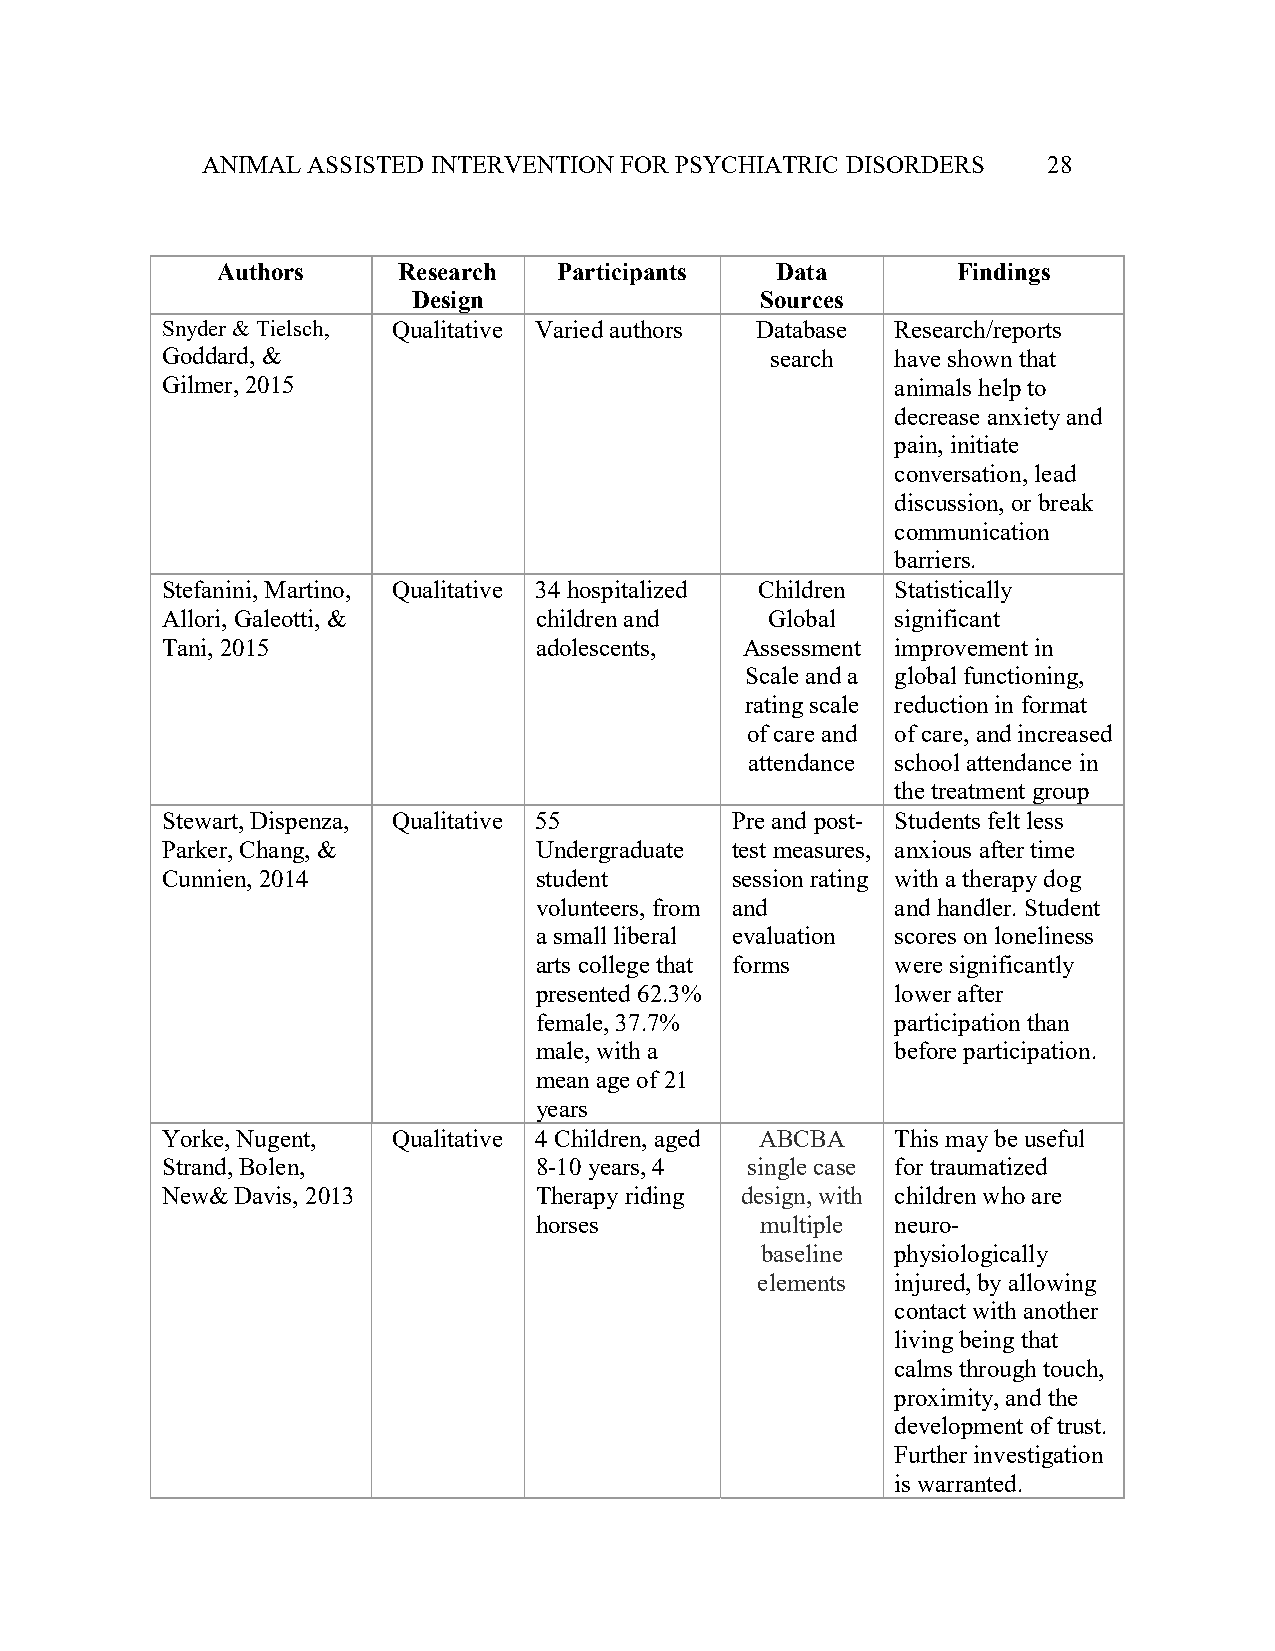
ANIMAL ASSISTED INTERVENTION FOR PSYCHIATRIC DISORDERS  28
 Authors     Research   Participants  Data        Findings
 Design                 Sources
 Snyder & Tielsch, Qualitative Varied authors Database Research/reports
 Goddard, &                              search  have shown that
 Gilmer, 2015                                    animals help to
 decrease anxiety and
 pain, initiate
 conversation, lead
 discussion, or break
 communication
 barriers.
 Stefanini, Martino, Qualitative 34 hospitalized Children Statistically
 Allori, Galeotti, &     children and    Global  significant
 Tani, 2015              adolescents,  Assessment improvement in
 Scale and a global functioning,
 rating scale reduction in format
 of care and of care, and increased
 attendance school attendance in
 the treatment group
 Stewart, Dispenza, Qualitative 55    Pre and post- Students felt less
 Parker, Chang, &        Undergraduate test measures, anxious after time
 Cunnien, 2014           student      session rating with a therapy dog
 volunteers, from and    and handler. Student
 a small liberal evaluation scores on loneliness
 arts college that forms were significantly
 presented 62.3%         lower after
 female, 37.7%           participation than
 male, with a            before participation.
 mean age of 21
 years
 Yorke, Nugent, Qualitative 4 Children, aged ABCBA This may be useful
 Strand, Bolen,          8-10 years, 4 single case for traumatized
 New& Davis, 2013        Therapy riding design, with children who are
 horses         multiple neuro-
 baseline physiologically
 elements injured, by allowing
 contact with another
 living being that
 calms through touch,
 proximity, and the
 development of trust.
 Further investigation
 is warranted.